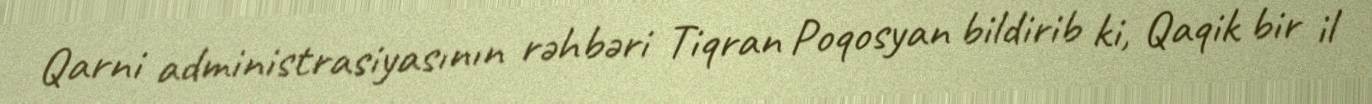
Qarni administrasiyasının rəhbəri Tiqran Poqosyan bildirib ki, Qaqik bir il